Report on horse surra - Volume I
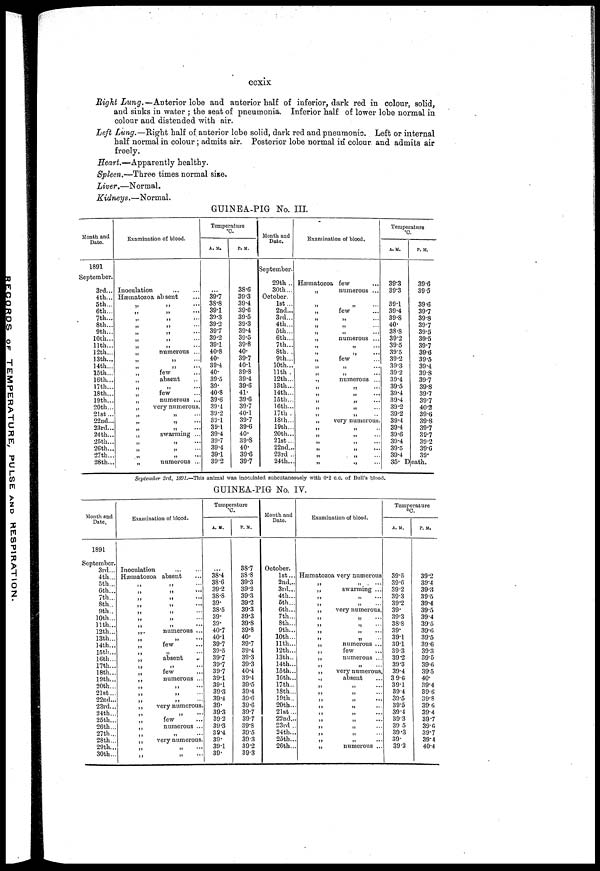
ccxix
Right Lung.—Anterior lobe and anterior half of inferior, dark red in colour, solid,
and sinks in water ; the seat of pneumonia. Inferior half of lower lobe normal in
colour and distended with air.
Left Lung.—Right half of anterior lobe solid, dark red and pneumonic. Left or internal
half normal in colour ; admits air. Posterior lobe normal in colour, and admits air
freely.
Heart.—Apparently healthy.
Spleen.—Three times normal size.
Liver.—Normal.
Kidneys.—Normal.
GUINEA-PIG No. III.
Month and
Date.
1891
September.
3rd...
4th...
5th...
6th...
7th...
8th...
9th...
10th...
11th...
12th...
13th...
14th...
15th...
16th...
17th...
18th...
19th...
20th...
21st...
22nd...
23rd...
24th...
25th..
26th...
27th..
28th..
Examination of blood.
Inoculation
Hæmatozoa absent
„ „ ....
„
„
....
„
„
...
„
„
„
„
...
„
„
„
„
„
numerous ...
„
„
„
„
....
„
few
„
absent
„
„
few
„
numerous ...
„
very numerous.
„
„
„ „ ..
„
„
„
swarming ..
„
„
„ „
„
„
„
numerous ..
Temperature
°C.
A. M.
...
39.7
38.8
39.1
39.3
39.2
39.7
39.2
39.1
40.8
40.
39.4
40.
39.5
39.
40.8
39.6
39.4
39.2
39.1
39.1
39.4
39.7
39.4
39.1
39.2
P. M.
38.6
39.3
39.4
39.6
39.5
39.3
39.4
39.5
39.8
40.
39.7
40.1
39.8
39.4
39.6
41.
39.6
39.7
40.1
39.7
39.6
40.
39.8
40.
39.6
39.7
Month and
Date.
September.
29th ..
30th...
October.
1st...
2nd...
3rd...
4th...
5th...
6th...
7th...
8th. .
9th...
10th...
11th .
12th...
13th...
14th...
15th...
16th...
17th .
18th...
19th...
20th...
21st..
22nd..
23rd .
24th..
-
Examination of blood.
Hæmatozoa few
„
numerous ...
„
„
„
few
„
„
„
„
„
„
....
„
numerous ...
„
„
„
„
....
„
few
„
„
„
„
.,
numerous ...
„
„
„
„
....
„
„
....
„
„
„
„
„
very numerous.
„
„
„
„
„
„
....
„
„
....
„
„
„
.„
Temperature
°C
A. M.
39.3
39.3
39.1
39.4
39.8
40.
38.8
39.2
395
39.5
39.2
39.3
39.2
39.4
39.5
39.4
39.4
39.2
39.2
39.4
39.4
39.6
39.4
39.5
39.4
35.
P. M.
39.6
39.5
39.6
39.7
39.8
397
39.5
39.5
39.7
39.6
39.5
39.4
39.8
39.7
39.8
39.7
39.7
40.2
39.8
39.8
39.7
39.7
39.2
39.6
39.
Death.
September 3rd, 1891.—This animal was inoculated subcutaneously with 0.2 c.c. of Bull's blood.
GUINEA-PIG No. IV.
Month and
Date.
1891
September.
3rd...
4th...
5th...
6th...
7th..
8th..
9th..
10th...
11th...
12th...
13th...
14th...
15th...
16th...
17th...
18th...
19th...
20th...
21st...
22nd...
23rd...
24th...
25th...
26th...
27th...
28th...
29th...
30th...
Examination of blood.
Inoculation
Hæmatozoa
„
„
absent
„ ....
„
„
„
„
numerous ...
„
few
„
absent
„
few
numerous ...
„
very numerous.
„
few
numerous ...
„
very numerous.
„
„
...
Temperature
°C.
A. M.
38.4
38.6
39.2
38.8
39.
38.5
39.
39.
40.7
40.1
39.7
39.5
39.7
39.7
39.7
39.1
39.1
39.3
39.4
39.
39.3
39.2
39.3
39.4
39.
39.1
39.
P. M.
38.7
38.8
39.3
39.2
39.3
39.2
39.3
39.3
39.8
39.8
40.
39.7
39.4
39.3
39.3
40.4
39.4
39.5
39.4
39.6
39.6
39.7
39.7
39.8
39.5
39 3
39.2
39.3
Month and
Date.
October.
1st...
2nd...
3rd...
4th...
5th...
6th...
7th...
8th...
9th...
10th...
11th...
12th...
13th..
14th...
15th...
16th...
17th...
18th...
19th..
20th...
21st...
22nd...
23rd ..
24th...
25th...
26th...
Examination of blood.
Hæmatozoa
„
„
„
„
„
„
„
„
„
„
„
„
„
„
„ „
„
„
„
„
„
„
„
„
„
very numerous
„
.
....
swarming ...
„
„
very numerous.
„
„
„
numerous ...
few
numerous ...
„
very numerous.
absent
„
„
„
„
„
....
„
...
„
„
„
numerous ...
Temperature
°C.
A. M.
39.5
39.6
39.2
39.3
39.2
39.
39.3
38.8
39.
39.1
39.1
39.3
39.2
39.3
39.4
39.6
39.1
39.4
39.5
39.5
39.4
39.3
39 5
39.3
39.
39.2
P. M.
39.2
39.4
39.3
39.5
39.4
39.5
39.4
39.5
39.6
39.5
39.6
39.3
39.5
39.6
39.5
40.
39.4
39.6
39.8
39.6
39.4
39.7
39.6
39.7
39.4
40.4